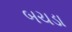
બચડા